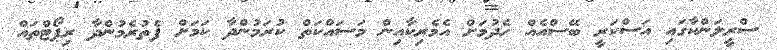
ސްރީލަންކާގައި އަސްކަރީ ބޭސްއެއް ހެދުމަށް އެމެރިކާއިން މަސައްކަތް ކުރަމުންދާ ކަމަށް ފެތުރެމުންދާ ރިޕޯޓްތައް